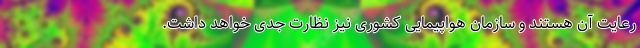
رعایت آن هستند و سازمان هواپیمایی کشوری نیز نظارت جدی خواهد داشت.